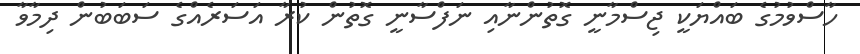
ހާސްވުމުގެ ބައްޔަކީ ޖިސްމާނީ ގޮތުންނާއި ނަފްސާނީ ގޮތުން ކުރާ އަސަރެއްގެ ސަބަބުން ދިމާވާ